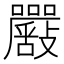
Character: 𡅴